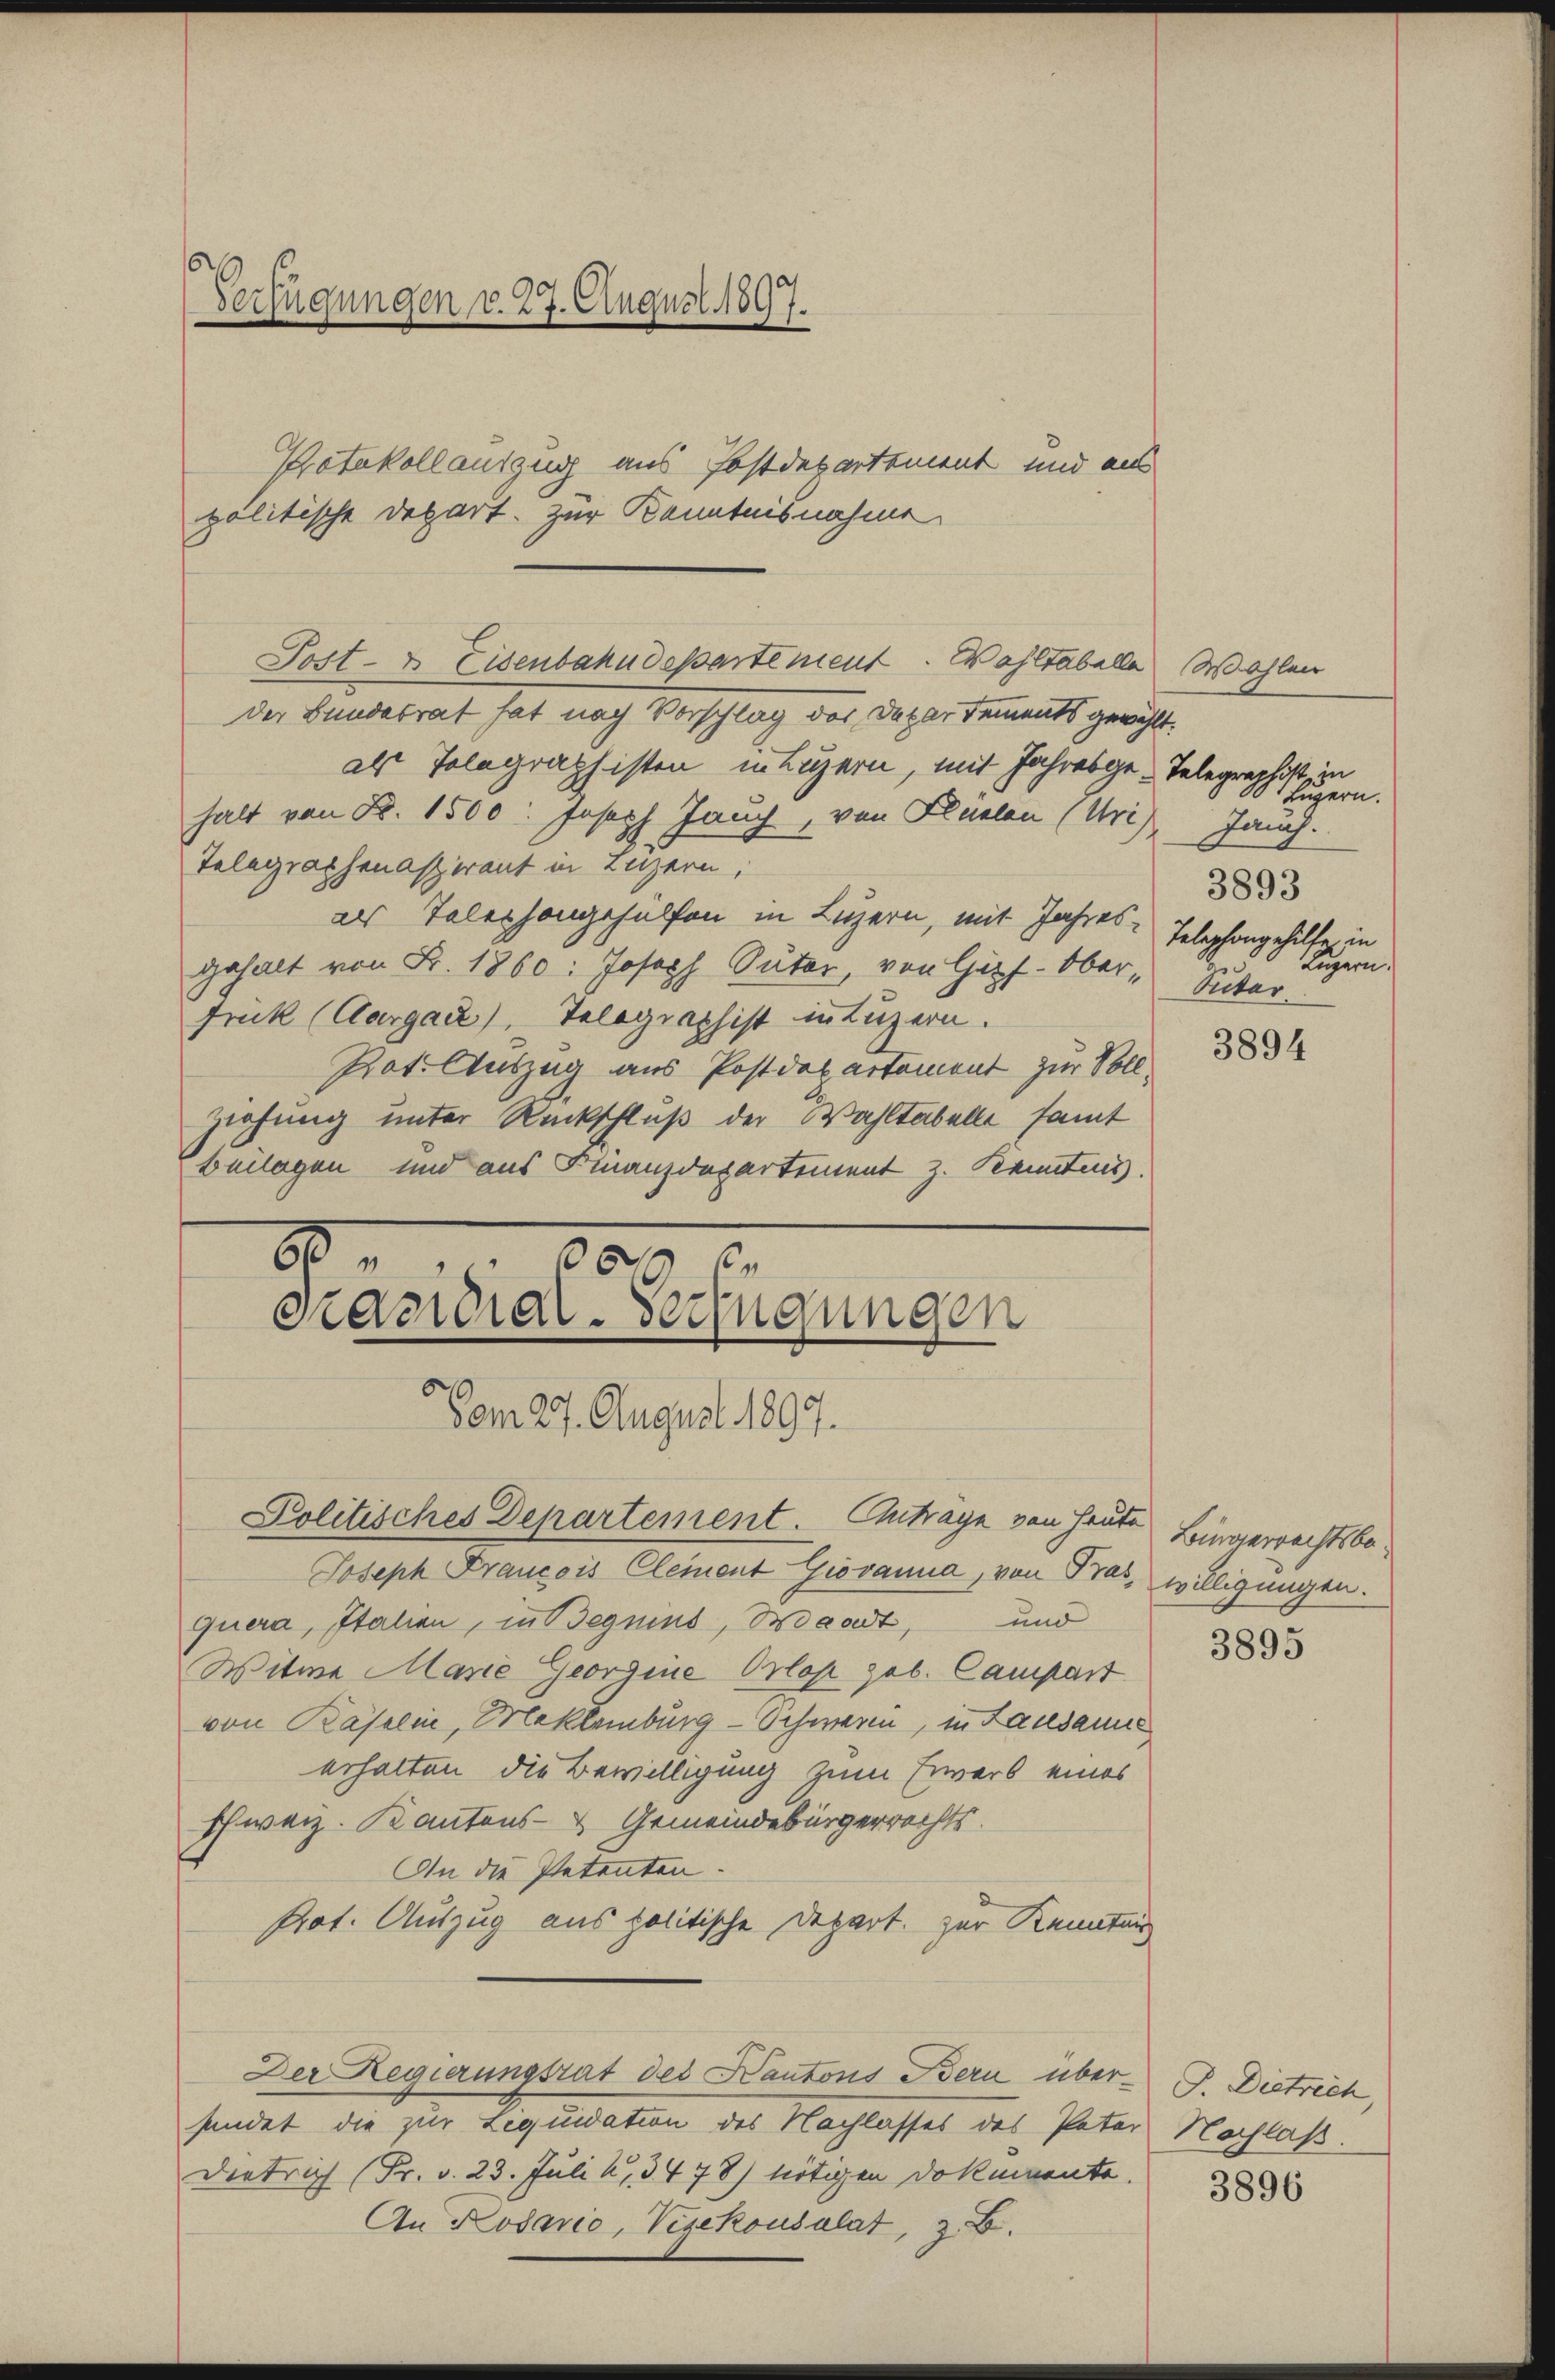
Verfügungen v. 27. August 1897.

Protokollauszug aus Postdepartement und aus
politische Depart. zur Kenntnisnahme
der Bundesrat hat nach Vorschlag des Dekar dements gewählt.
als Tolagraphisten innigern, mit Jahresgehalt von B. 1500: Joseph Janz, von Flüelen (Uri)
Telegrathenaspirant in Luzern,
als Telephongehülfen in Luzern, mit Jahres-
gehalt von Fr. 1860: Joseph Suter, von Gipf-Ober¬
Frük (Aargau), Telegraphist in Luzern.
Pot. Auszug aus Postdepartement zur Voll¬
Ziehung unter Rückschluß der Wahltabelle samt
Beilagen und aus Finanzdepartement z. Kannten.
82. 609 f.
Präsidial-Verfügungen
Vom 27. August 1897.
Politisches Departement. Antrage von Heute
Joseph Francois Clement Giovanna, von Tras, willigungen.
quera, Italien, in Beguins, Waadt, und
Witwe Marie Georgine Orlose geb. Campart
von Käselin, Meklenburg - Schweren, in Lausanne
erhalten die Bewilligung zum Erwarb eines
schweiz. Kantons- & Gemeindebürgerrechts.
An die Petenten.
Prot. Auszug aus politische Depart zur Kenntnis
Der Regierungsrat des Kantons Bern über- P. Districh,
sendet die zur Liquidation des Nachlasses des Pater Nachlaß.
Dietrich (Pr. v. 23. Juli u. 3478) nötigen Dokumente.
An Kosario, Vizekonsulat, z. B.

Post- & Eisenbahndepartement. Waltabelle

Wahlen
Telegraphist, in
Lugern.
Jani.
3893
Telephongehilfe in
Luzern.
Puitar

3894

Bürgerrechtsbe¬

3895

3896